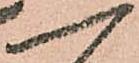
一